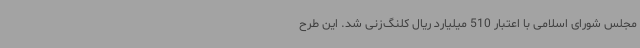
مجلس شورای اسلامی با اعتبار 510 میلیارد ریال کلنگ‌زنی شد. این طرح